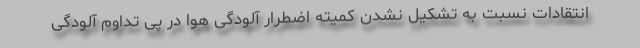
انتقادات نسبت به تشکیل نشدن کمیته اضطرار آلودگی هوا در پی تداوم آلودگی